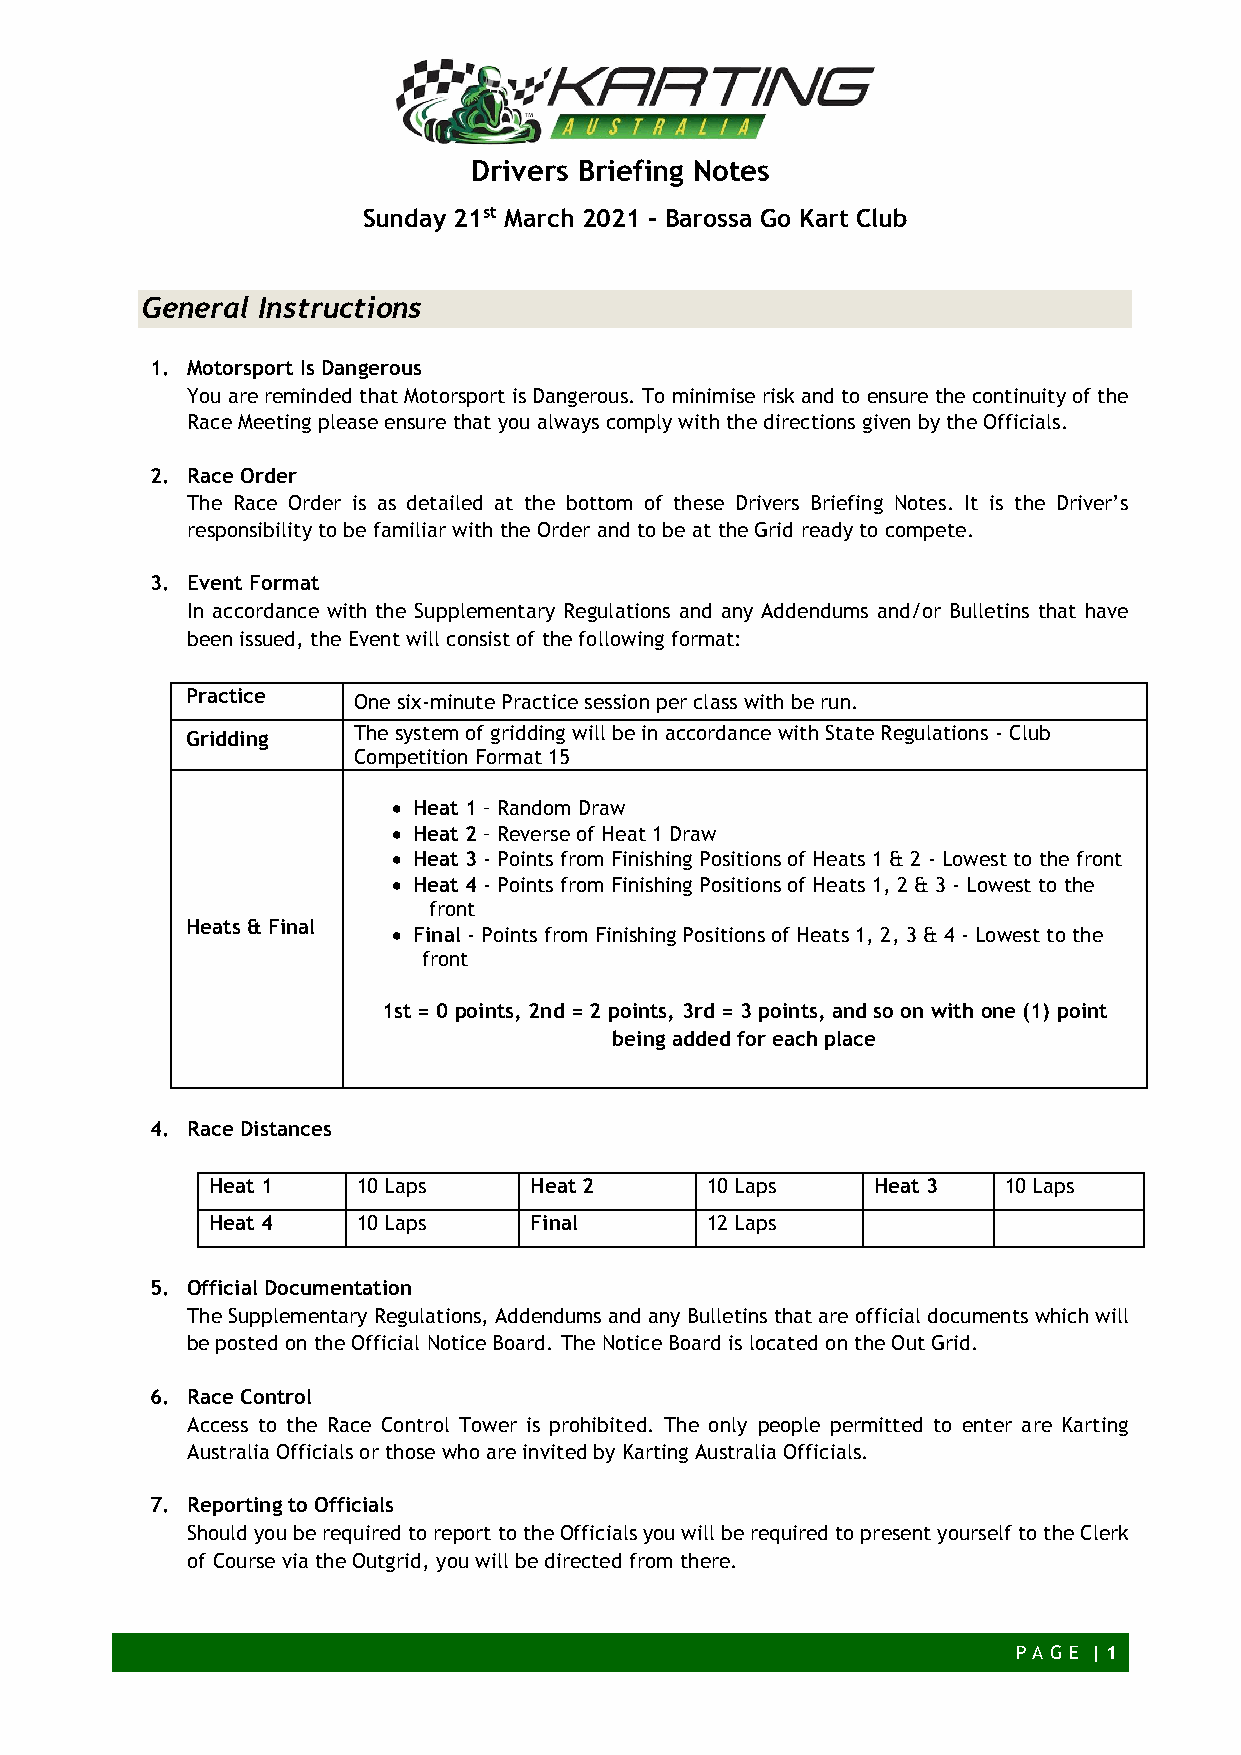
Drivers Briefing Notes
 Sunday 21st March 2021 – Barossa Go Kart Club
 General Instructions
 1. Motorsport Is Dangerous
 You are reminded that Motorsport is Dangerous. To minimise risk and to ensure the continuity of the
 Race Meeting please ensure that you always comply with the directions given by the Officials.
 2. Race Order
 The Race Order is as detailed at the bottom of these Drivers Briefing Notes. It is the Driver’s
 responsibility to be familiar with the Order and to be at the Grid ready to compete.
 3. Event Format
 In accordance with the Supplementary Regulations and any Addendums and/or Bulletins that have
 been issued, the Event will consist of the following format:
 Practice   One six-minute Practice session per class with be run.
 Gridding   The system of gridding will be in accordance with State Regulations - Club
 Competition Format 15
 • Heat 1 – Random Draw
 • Heat 2 – Reverse of Heat 1 Draw
 • Heat 3 - Points from Finishing Positions of Heats 1 & 2 - Lowest to the front
 • Heat 4 - Points from Finishing Positions of Heats 1, 2 & 3 - Lowest to the
 front
 Heats & Final
 • Final - Points from Finishing Positions of Heats 1, 2, 3 & 4 - Lowest to the
 front
 1st = 0 points, 2nd = 2 points, 3rd = 3 points, and so on with one (1) point
 being added for each place
 4. Race Distances
 Heat 1    10 Laps    Heat 2      10 Laps    Heat 3  10 Laps
 Heat 4    10 Laps    Final       12 Laps
 5. Official Documentation
 The Supplementary Regulations, Addendums and any Bulletins that are official documents which will
 be posted on the Official Notice Board. The Notice Board is located on the Out Grid.
 6. Race Control
 Access to the Race Control Tower is prohibited. The only people permitted to enter are Karting
 Australia Officials or those who are invited by Karting Australia Officials.
 7. Reporting to Officials
 Should you be required to report to the Officials you will be required to present yourself to the Clerk
 of Course via the Outgrid, you will be directed from there.
 P AG E | 1